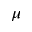
\mu